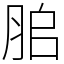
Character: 䏨